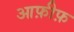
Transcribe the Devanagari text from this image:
आफ़ीफ़